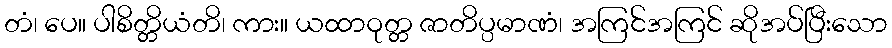
တံ၊ ပေ။ ပါစိတ္တိယံတိ၊ ကား။ ယထာဝုတ္တ ဇာတိပ္ပမာဏံ၊ အကြင်အကြင် ဆိုအပ်ပြီးသော